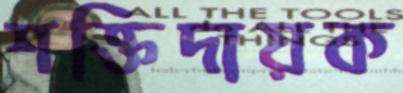
শক্তিদায়ক